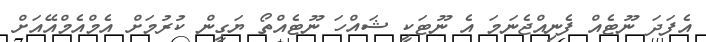
އެފަދަ ނޫޓެއް ފެނިއްޖެނަމަ އެ ނޫޓަކީ ޝައްހަ ނޫޓެއްތޯ ޔަގީން ކުރުމަށް އެމްއެމްއޭއަށް